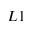
L 1